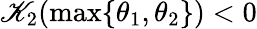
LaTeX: \mathscr{K}_{2}(\operatorname*{max}\{ \theta_{1},\theta_{2}\} )<0